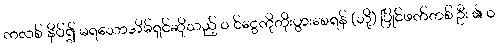
ကလစ် နှိပ်၍ မရသောအိမ်ရှင်ဆိုသည့် ၀ င်ငွေကိုတိုးပွားစေရန် (သို့) ပြိုင်ဖက်တစ် ဦး ၏ ၀